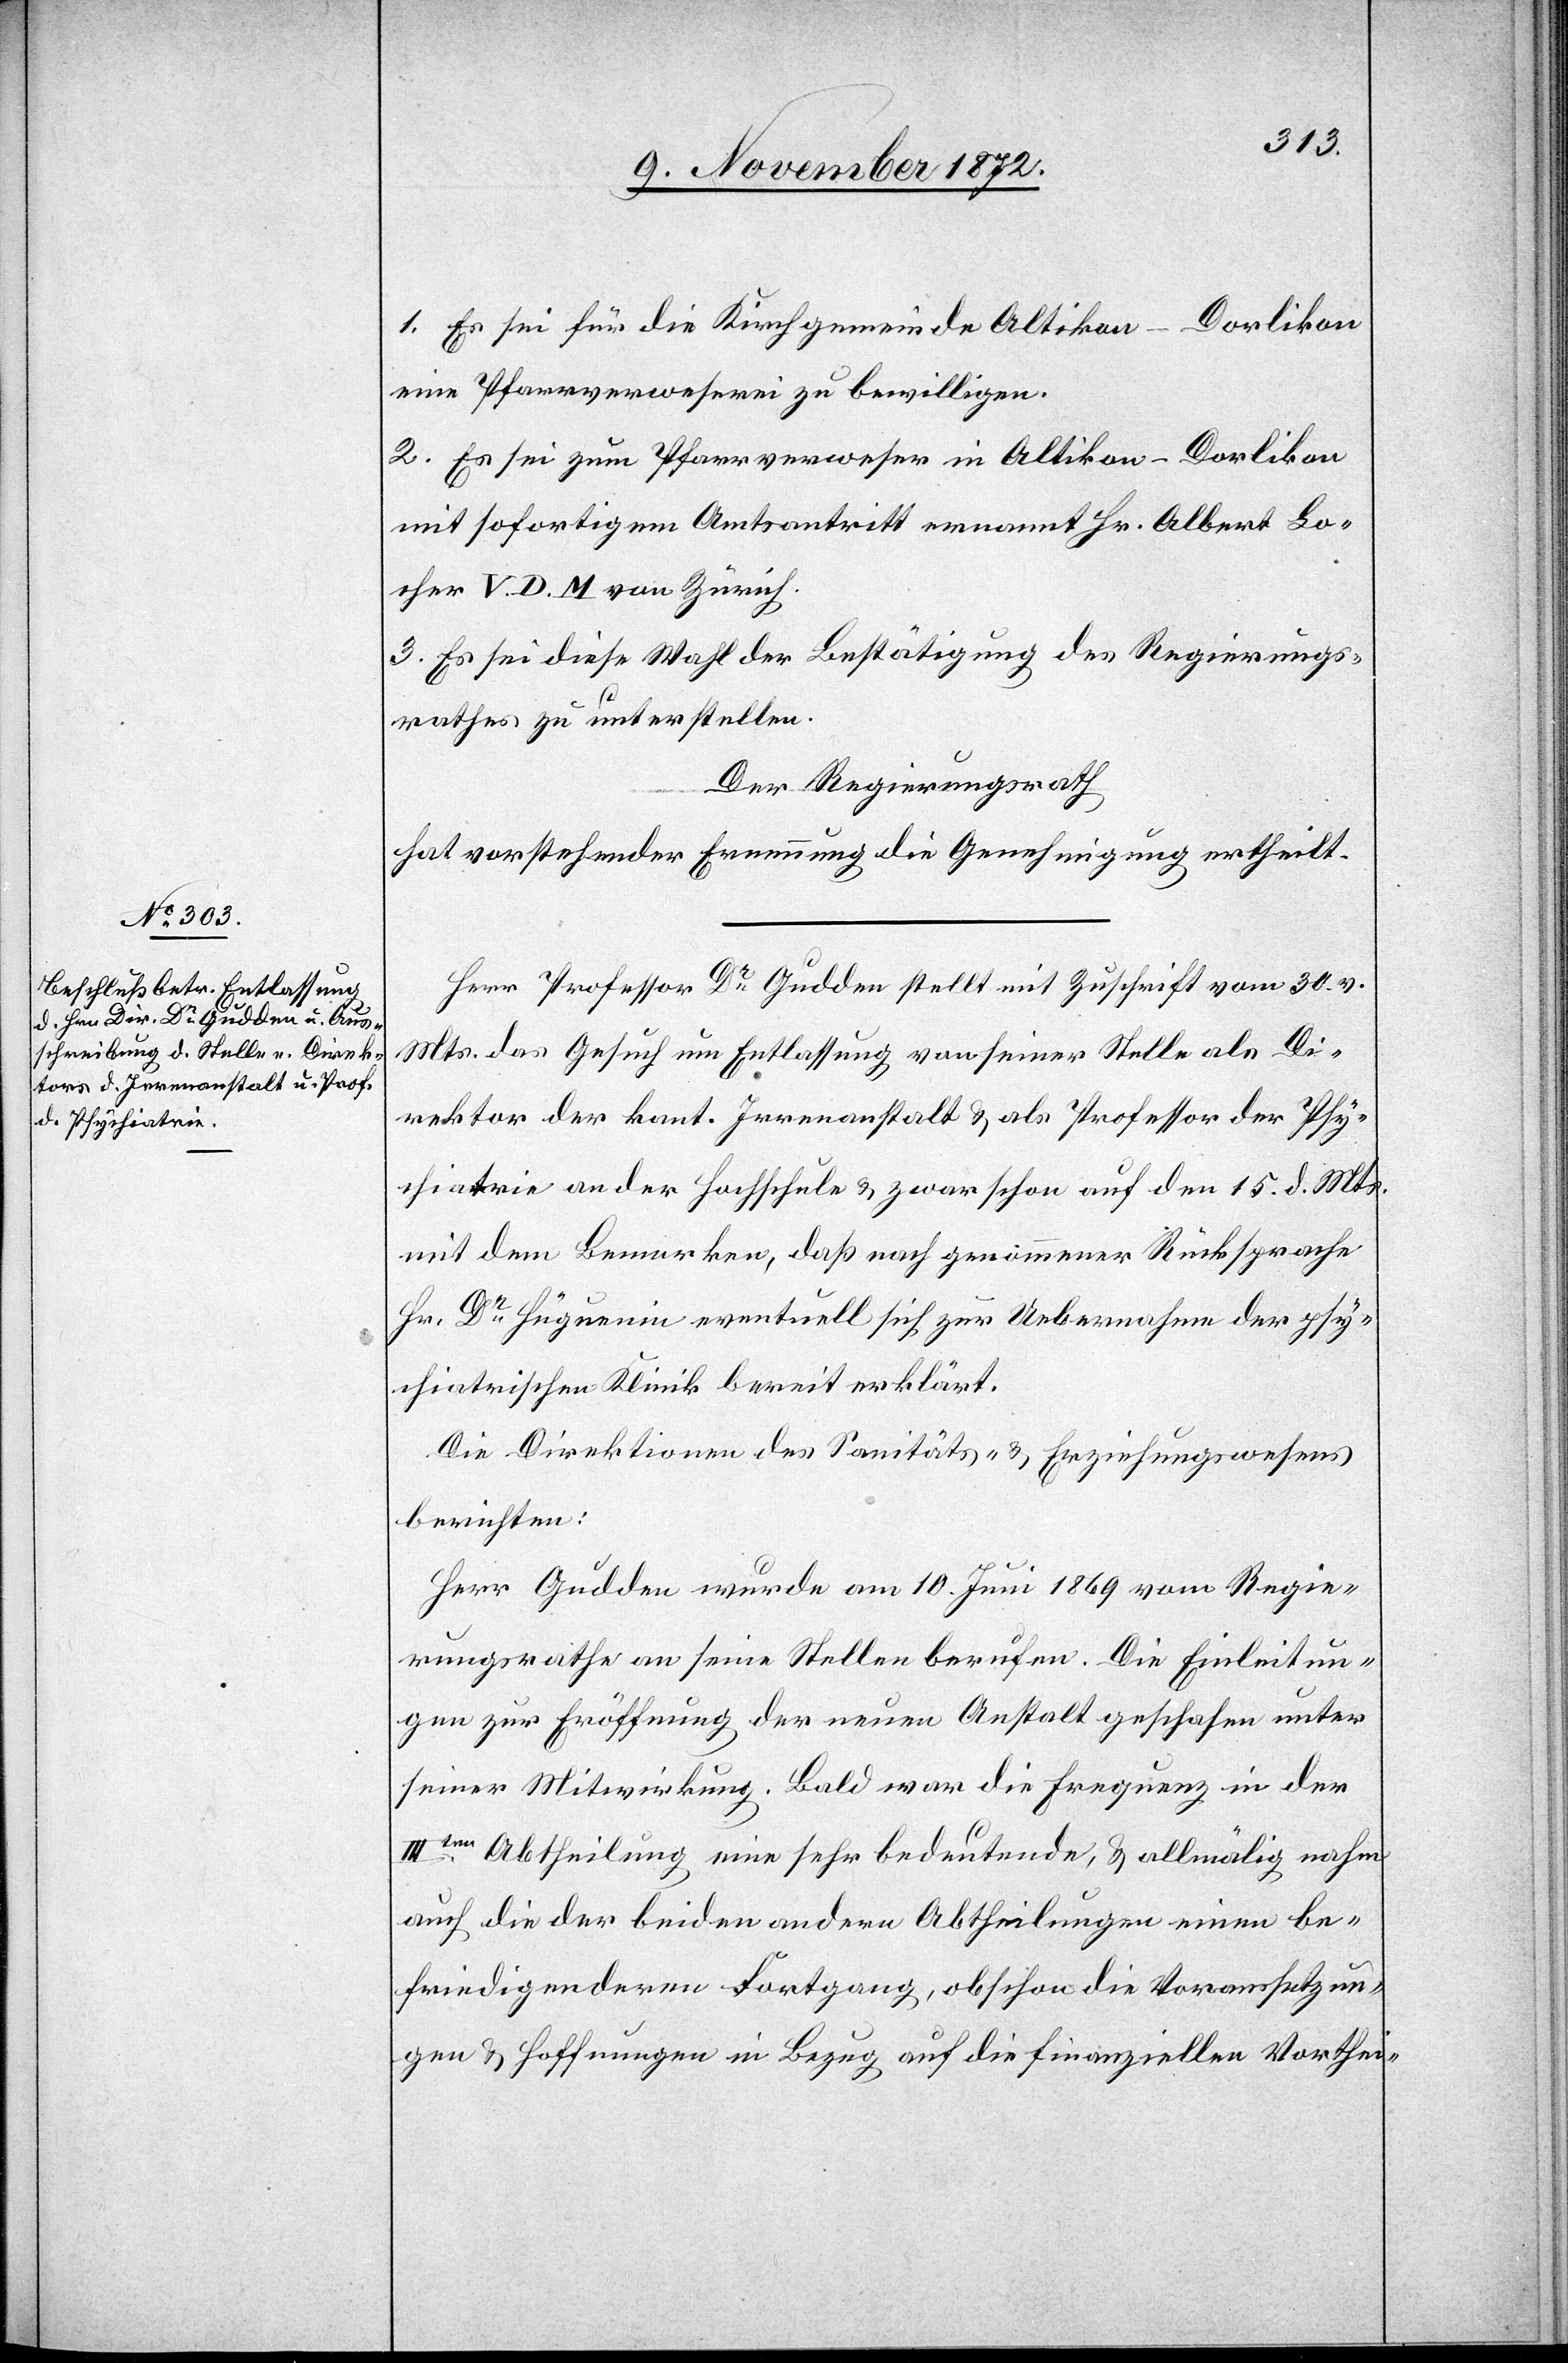
1. Es sei für die Kirchgemeinde Altikon-Dorlikon
eine Pfarrverweserei zu bewilligen.
2. Es sei zum Pfarrverweser in Altikon-Dorlikon
mit sofortigem Amtsantritt ernannt Hr. Albert Lo¬
cher V. D. M. von Zürich.
3. Es sei diese Wahl der Bestätigung des Regierungs¬
rathes zu unterstellen.
Der Regierungsrath
hat vorstehender Ernennung die Genehmigung ertheilt.
Herr Professor Dr Gudden stellt mit Zuschrift vom 30. v.
Mts. das Gesuch um Entlassung von seiner Stelle als Di¬
rektor der kant. Irrenanstalt u. als Professor der Psy¬
chiatrie an der Hochschule u. zwar schon auf den 15. d. Mts.
mit dem Bemerken, daß nach genommener Rücksprache
Hr. Dr Hüguenin eventuell sich zur Uebernahme der psy¬
chiatrischen Klinik bereit erklärt.
Die Direktionen des Sanitäts- u. Gefängnißwesens
berichten:
Herr Gudden wurde am 10. Juni 1869 vom Regie¬
rungsrathe an seine Stellen berufen. Die Einleitun¬
gen zur Eröffnung der neuen Anstalt geschahen unter
seiner Mitwirkung. Bald war die Frequenz in der
IIIten Abtheilung eine sehr bedeutende, u. allmälig nahm
auch die der beiden andern Abtheilungen einen be¬
friedigenderen Fortgang, obschon die Voraussetzun¬
gen u. Hoffnungen in Bezug auf die finanziellen Vorthei-